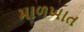
માળખાત